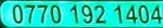
0770 192 1404